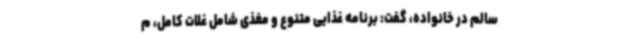
سالم در خانواده، گفت: برنامه غذایی متنوع و مغذی شامل غلات کامل، م